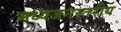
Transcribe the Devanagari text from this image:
मध्यजनस्तरीय